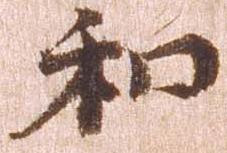
和